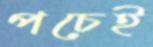
পচেই